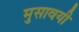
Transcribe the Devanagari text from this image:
मुसावयी